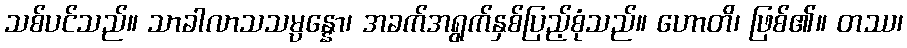
သစ်ပင်သည်။ သာခါလာသသမ္ပန္နော၊ အခက်အရွက်နှစ်ပြည့်စုံသည်။ ဟောတိ၊ ဖြစ်၏။ တဿ၊